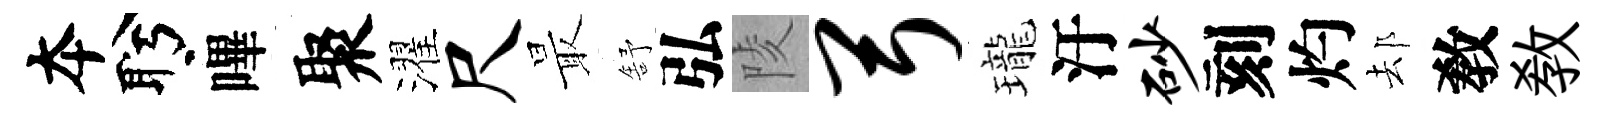
夲盻嗶聚濯尺最舒弘陵弓瓏汙砂刻灼𨚫敎敎